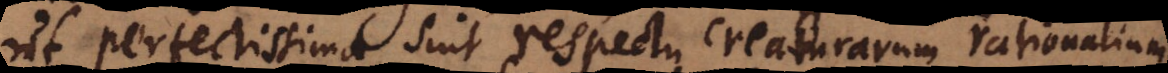
ut perfectissima sint respectu creaturarum rationalium